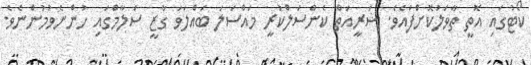
ކޯޓުގައި އޮތީ ތާވަލުކޮށްފައެވެ. ޝަރީއަތް ކެންސަލްކުރީ މައްސަލަ ބައްލަވަ ގާޒީ ސަލާމްގައި ހުންނެވުމުންނެވެ.